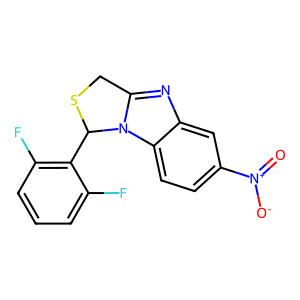
SMILES: O=[N+]([O-])c1ccc2c(c1)nc1n2C(c2c(F)cccc2F)SC1
Inhibits HIV replication: Yes